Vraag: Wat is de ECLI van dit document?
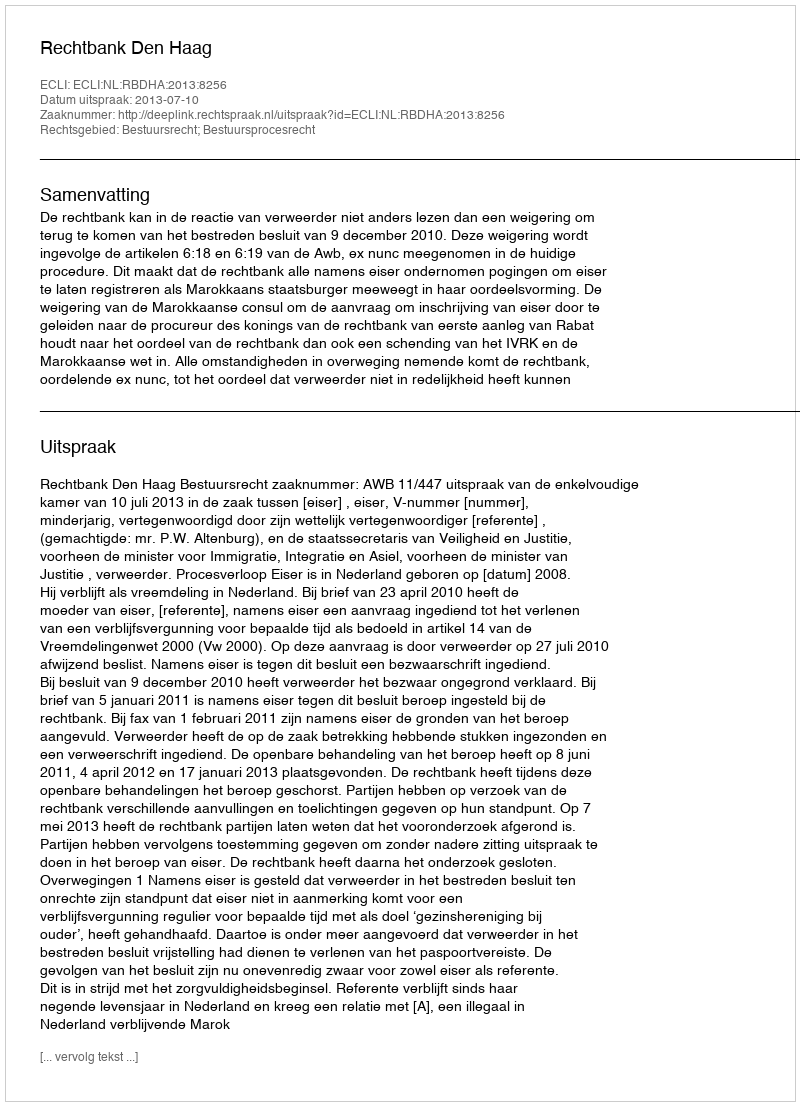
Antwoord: ECLI:NL:RBDHA:2013:8256